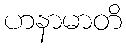
ဟနာမာတိ